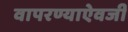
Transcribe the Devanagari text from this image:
वापरण्याऐवजी